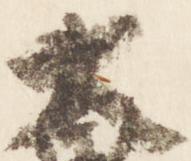
大